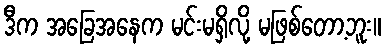
ဒီက အခြေအနေက မင်းမရှိလို့ မဖြစ်တော့ဘူး။